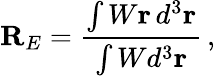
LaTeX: {\mathbf R}_{E}=\frac{\int W{\mathbf r}\, d^{3}{\mathbf r}}{\int Wd^{3}{\mathbf r}}\, ,